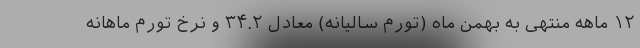
۱۲ ماهه منتهی به بهمن ماه (تورم سالیانه) معادل ۳۴.۲ و نرخ تورم ماهانه